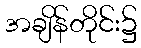
အချိန်တိုင်း၌